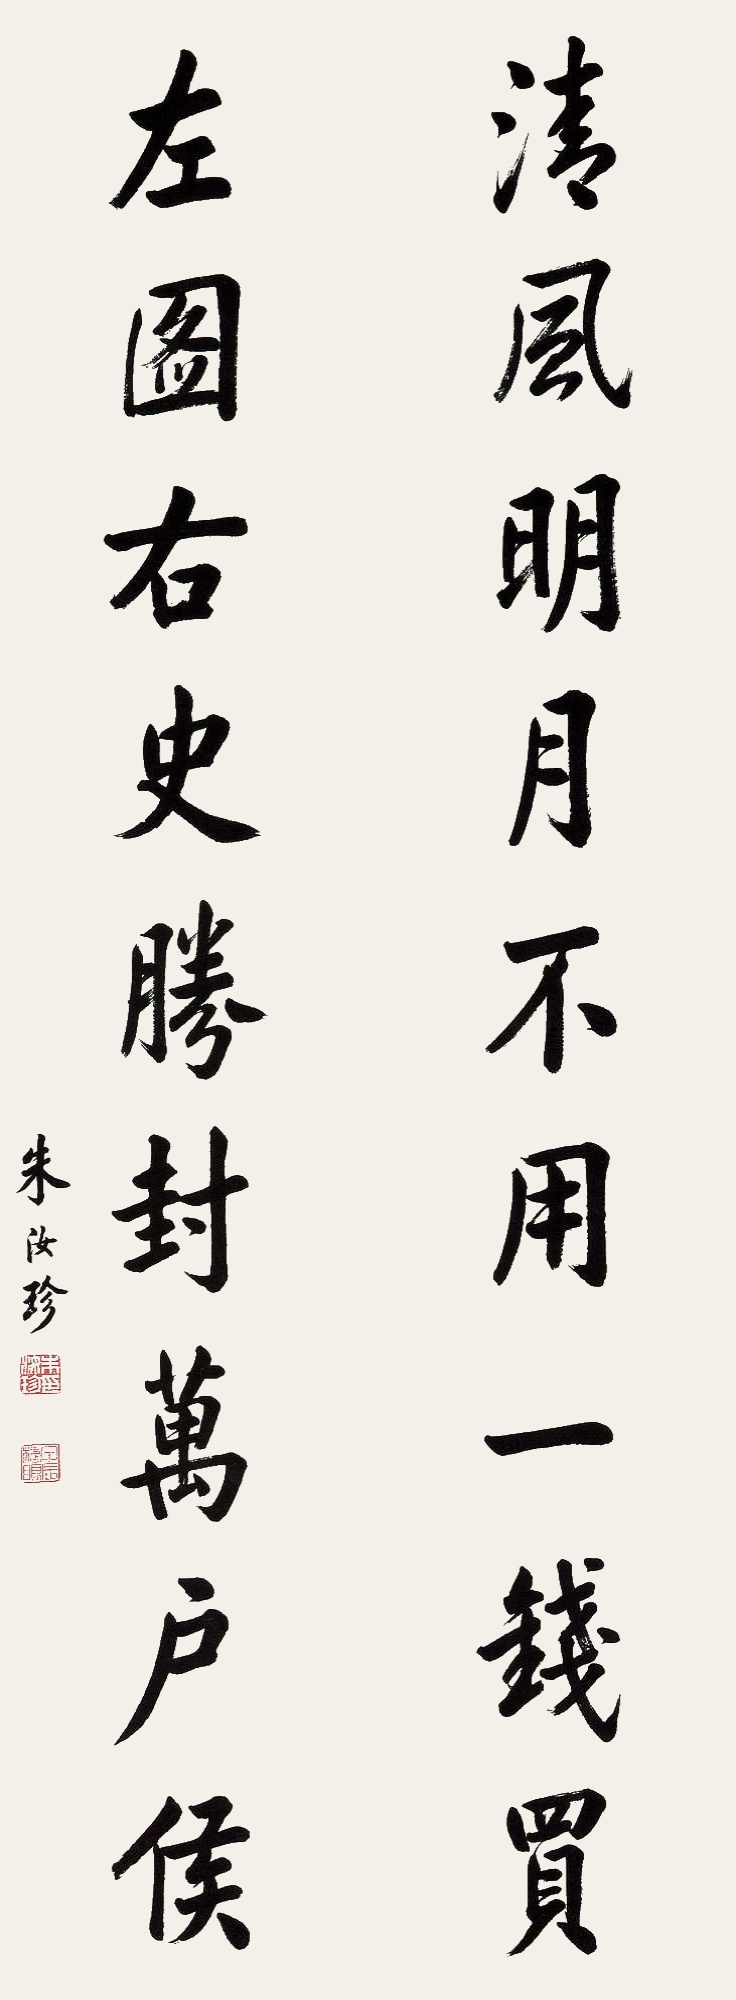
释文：清风明月不用一钱买，左图右史胜封万户侯。朱汝珍印、甲辰榜眼